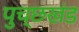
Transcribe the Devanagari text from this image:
पुच्छखंड